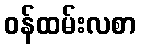
ဝန်ထမ်းလစာ